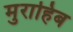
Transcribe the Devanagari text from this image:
मुराहिब